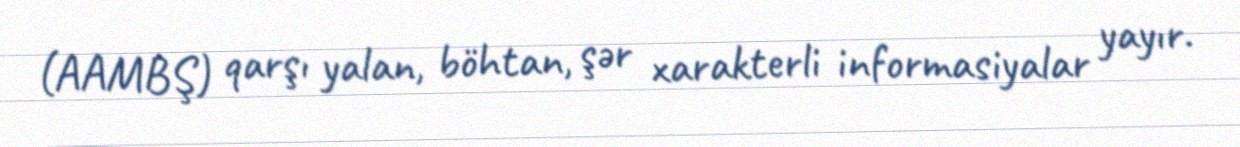
(AAMBŞ) qarşı yalan, böhtan, şər xarakterli informasiyalar yayır.